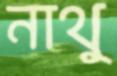
নাথু